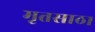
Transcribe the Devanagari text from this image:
मृतसाठा